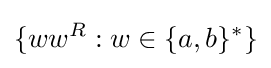
\{ww^{R}:w\in \{a,b\}^{*}\}